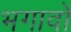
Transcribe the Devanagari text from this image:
भगावो